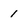
Character: 1